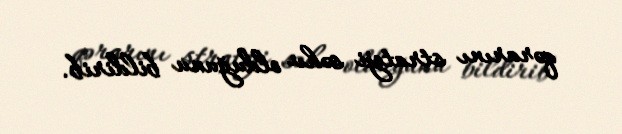
qərarını strateji səhv olduğunu bildirib.